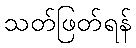
သတ်ဖြတ်ရန်